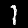
Label: 1